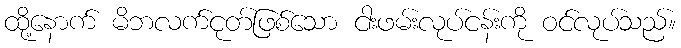
ထို့နောက် မိဘလက်ငုတ်ဖြစ်သော ငါးဖမ်းလုပ်ငန်းကို ဝင်လုပ်သည်။